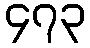
၄၇၃